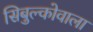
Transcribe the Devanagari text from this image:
सिबुल्कोवाला